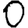
Digit: 0